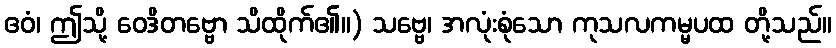
ဧဝံ၊ ဤသို့ ဝေဒိတဗ္ဗော သိထိုက်၏။) သဗ္ဗေ၊ အလုံးစုံသော ကုသလကမ္မပထ တို့သည်။